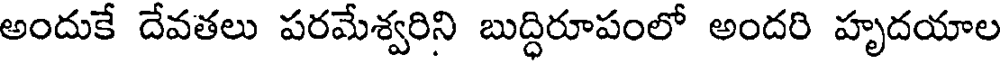
అందుకే దేవతలు పరమేశ్వరిని బుద్ధిరూపంలో అందరి హృదయాల